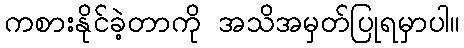
ကစားနိုင်ခဲ့တာကို အသိအမှတ်ပြုရမှာပါ။